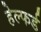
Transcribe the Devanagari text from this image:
हेल्फर्ड